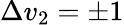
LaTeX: \Delta v_{2}=\pm 1